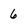
Character: 6